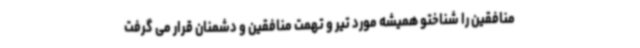
منافقین را شناختو همیشه مورد تیر و تهمت منافقین و دشمنان قرار می گرفت